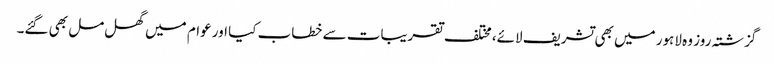
گزشتہ روز وہ لاہور میں بھی تشریف لائے، مختلف تقریبات سے خطاب کیا اور عوام میں گھل مل بھی گئے۔